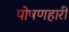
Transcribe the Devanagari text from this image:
पोषणहारी